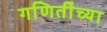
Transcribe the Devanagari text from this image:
गणितींच्या